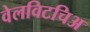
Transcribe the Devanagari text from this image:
वेलविटचिअ